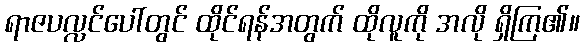
ရာဇပလ္လင်ပေါ်တွင် ထိုင်ရန်အတွက် ထိုလူကို အလို ရှိကြ၏။